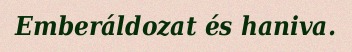
Emberáldozat és haniva.